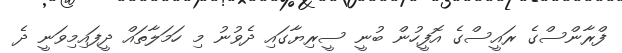
ފްރާންސްގެ ރައީސްގެ އޮފީހުން ބުނީ ސީރިޔާގައި ދެވުނު މި ހަމަލާތައް ދީފައިމިވަނީ ދެ